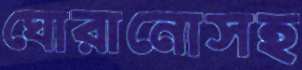
ঘোরানোসহ